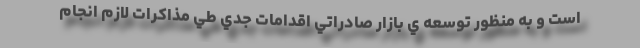
است و به منظور توسعه ي بازار صادراتي اقدامات جدي طي مذاكرات لازم انجام